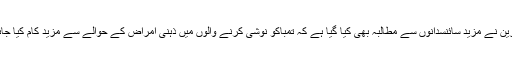
ماہرین نے مزید سائنسدانوں سے مطالبہ بھی کیا گیا ہے کہ تمباکو نوشی کرنے والوں میں ذہنی امراض کے حوالے سے مزید کام کیا جائے۔